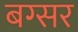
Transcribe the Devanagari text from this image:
बग्सर